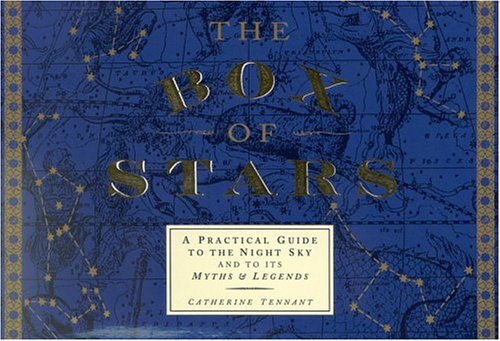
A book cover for The Box of Stars: A Practical Guide to the Night Sky and to Its Myths and Legends; Catherine Tennant; Science & Math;